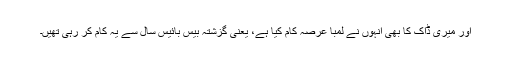
اور میری ڈاک کا بھی انہوں نے لمبا عرصہ کام کیا ہے، یعنی گزشتہ بیس بائیس سال سے یہ کام کر رہی تھیں۔